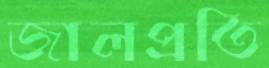
জালপ্রতি